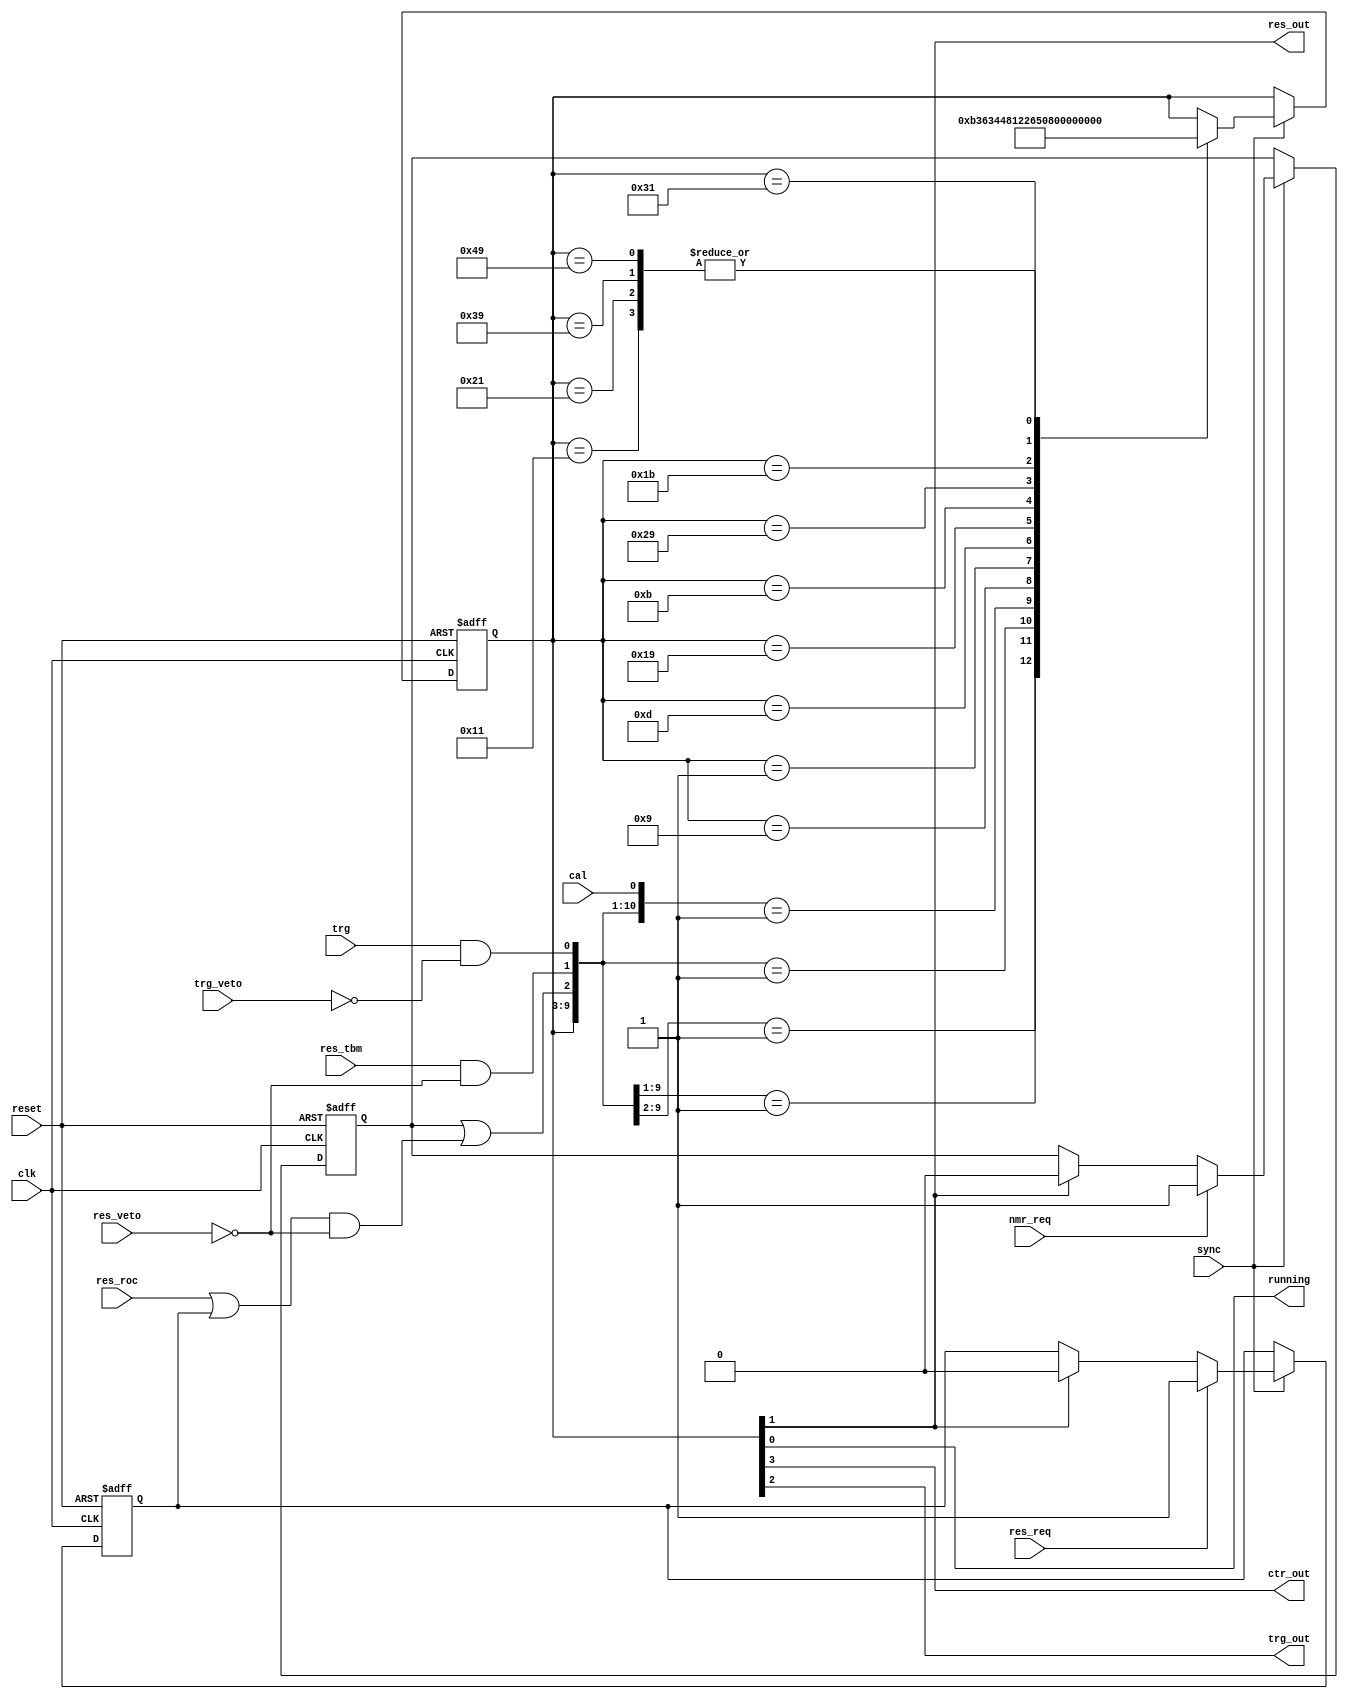
module ctr_encoder
(
	input clk,
	input sync,
	input reset,

	input cal,      // send calibrate
	input trg,      // send trigger (maskable by trg_veto)
	input res_roc,  // send ROC reset (maskable by res_veto)
	input res_tbm,  // send TBM reset (maskable by res_veto)
	input res_req,  // ROC reset request (delayed if res_veto)
	input nmr_req,  // ROC reset request (not delayed if res_veto)
	input trg_veto, // trigger veto
	input res_veto, // ROC/TBM reset veto

	output running,
	output ctr_out,
	output trg_out,
	output res_out
);

	// maskable reset request	SRFF
	reg res_req_ff;
	always @(posedge clk or posedge reset)
	begin
		if (reset) res_req_ff <= 0;
		else if (sync)
		begin
			if      (res_req) res_req_ff <= 1;
			else if (res_out) res_req_ff <= 0;
		end
	end

	// non maskable reset request SRFF
	reg nmr_req_ff;
	always @(posedge clk or posedge reset)
	begin
		if (reset) nmr_req_ff <= 0;
		else if (sync)
		begin
			if      (nmr_req) nmr_req_ff <= 1;
			else if (res_out) nmr_req_ff <= 0;
		end
	end

	wire res  = nmr_req_ff || ((res_roc || res_req_ff) && !res_veto);
	wire rtbm = res_tbm && !res_veto;
	wire trig = trg & !trg_veto;


	// state machine
	reg [6:0]ctrgen;
	localparam SM_IDLE = 7'b000_0000;
	localparam SM_CAL1 = 7'b000_1001;
	localparam SM_CAL2 = 7'b000_0001;
	localparam SM_CAL3 = 7'b001_0001;
	localparam SM_TRG1 = 7'b000_1101;
	localparam SM_TRG2 = 7'b001_1001;
	localparam SM_TRG3 = 7'b010_0001;
	localparam SM_RES1 = 7'b000_1011;
	localparam SM_RES2 = 7'b010_1001;
	localparam SM_RES3 = 7'b011_1001;
	localparam SM_TBM1 = 7'b001_1011;
	localparam SM_TBM2 = 7'b011_0001;
	localparam SM_TBM3 = 7'b100_1001;

	assign {ctr_out, trg_out, res_out, running} = ctrgen[3:0];

	always @(posedge clk or posedge reset)
	begin
		if (reset) ctrgen <= SM_IDLE;
		else if (sync)
		casex ({ctrgen,  res,  rtbm, trig, cal})
			// start (priority decoding)
			     {SM_IDLE, 1'b1, 1'bx, 1'bx, 1'bx}: ctrgen <= SM_RES1;
			     {SM_IDLE, 1'b0, 1'b1, 1'bx, 1'bx}: ctrgen <= SM_TBM1;
			     {SM_IDLE, 1'b0, 1'b0, 1'b1, 1'bx}: ctrgen <= SM_TRG1;
			     {SM_IDLE, 1'b0, 1'b0, 1'b0, 1'b1}: ctrgen <= SM_CAL1;
			// process calibrate
			     {SM_CAL1, 1'bx, 1'bx, 1'bx, 1'bx}: ctrgen <= SM_CAL2;
			     {SM_CAL2, 1'bx, 1'bx, 1'bx, 1'bx}: ctrgen <= SM_CAL3;
			     {SM_CAL3, 1'bx, 1'bx, 1'bx, 1'bx}: ctrgen <= SM_IDLE;
			// process trigger
			     {SM_TRG1, 1'bx, 1'bx, 1'bx, 1'bx}: ctrgen <= SM_TRG2;
			     {SM_TRG2, 1'bx, 1'bx, 1'bx, 1'bx}: ctrgen <= SM_TRG3;
			     {SM_TRG3, 1'bx, 1'bx, 1'bx, 1'bx}: ctrgen <= SM_IDLE;
			// process ROC reset
			     {SM_RES1, 1'bx, 1'bx, 1'bx, 1'bx}: ctrgen <= SM_RES2;
			     {SM_RES2, 1'bx, 1'bx, 1'bx, 1'bx}: ctrgen <= SM_RES3;
			     {SM_RES3, 1'bx, 1'bx, 1'bx, 1'bx}: ctrgen <= SM_IDLE;
			// process TBM reset
			     {SM_TBM1, 1'bx, 1'bx, 1'bx, 1'bx}: ctrgen <= SM_TBM2;
			     {SM_TBM2, 1'bx, 1'bx, 1'bx, 1'bx}: ctrgen <= SM_TBM3;
			     {SM_TBM3, 1'bx, 1'bx, 1'bx, 1'bx}: ctrgen <= SM_IDLE;
		endcase
	end

endmodule